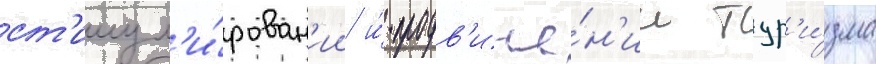
ст'имул'и́рован'ии и́ продв'иже́н'ии тур'и́зма